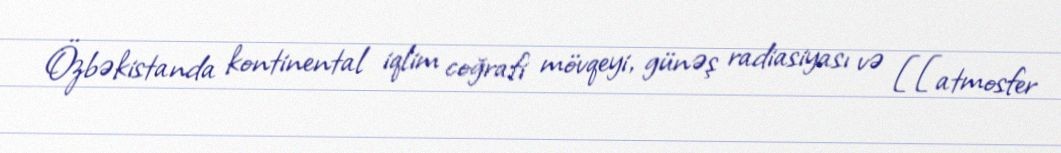
Özbəkistanda kontinental iqlim coğrafi mövqeyi, günəş radiasiyası və [[atmosfer